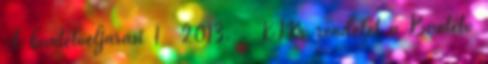
A büntetőeljárási 1 2013. . KIM rendelet a Büntető